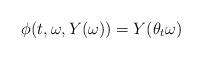
LaTeX: \begin{align*} \phi(t,\omega,Y(\omega))=Y(\theta_t\omega) \end{align*}